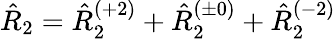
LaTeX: \begin{array}{r}{\hat{R}_{2}=\hat{R}_{2}^{(+2)}+\hat{R}_{2}^{(\pm 0)}+\hat{R}_{2}^{(-2)}}\end{array}